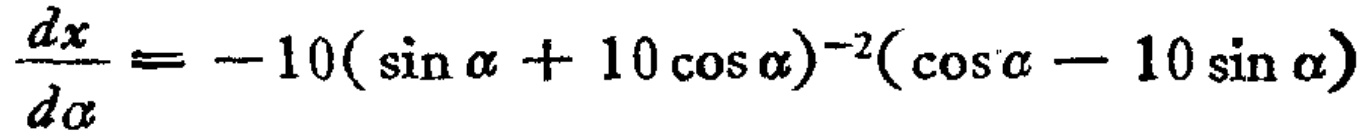
$\frac{dx}{d\alpha}=-10(\sin\alpha + 10\cos\alpha)^{-2}(\cos\alpha - 10\sin\alpha)$